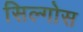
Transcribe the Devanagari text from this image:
सिल्गोस